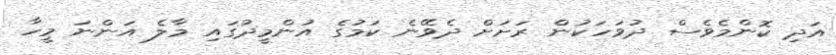
އަދި ކޮންމެވެސް ދުވަހަކުން ރަށަށް ދެވޭނެ ކަމުގެ އުންމީދުގައި މާލެ އަންނަ މީހާ